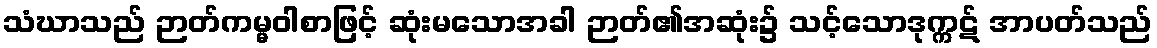
သံဃာသည် ဉာတ်ကမ္မဝါစာဖြင့် ဆုံးမသောအခါ ဉာတ်၏အဆုံး၌ သင့်သောဒုက္ကဋ် အာပတ်သည်